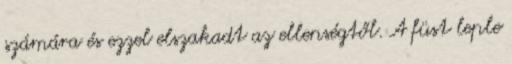
számára és ezzel elszakadt az ellenségtől. A füst leple